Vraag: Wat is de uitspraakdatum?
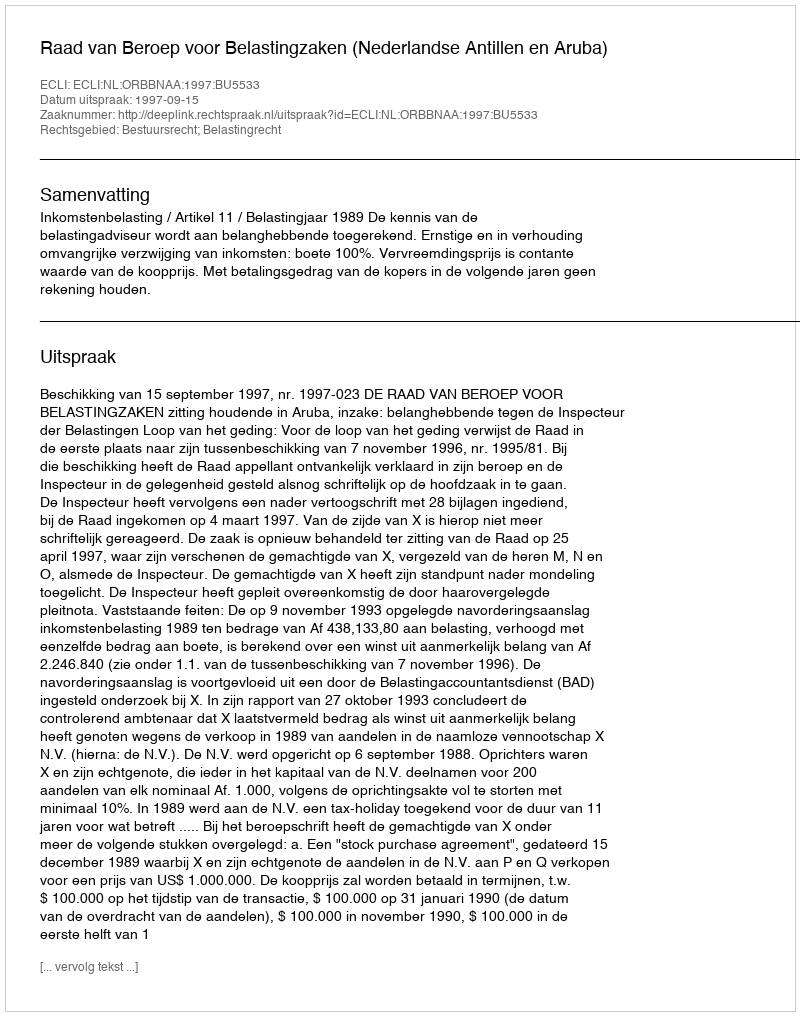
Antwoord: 1997-09-15